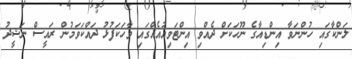
ލަންކާގައި ހުންނަވާ އިންޑިއާގެ ނޫހަކަށް ދެއްވި އިންޓަވިއުއެއްގައި ވާހަކަފުޅު ދައްކަވަމުން ރައީސް ނަޝީދު